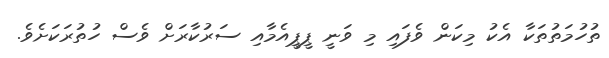
ތުހުމަތުތަކާ އެކު މިކަން ވެފައި މި ވަނީ ޕީޕީއެމާއި ސަރުކާރަށް ވެސް ހުތުރަކަށެވެ.